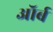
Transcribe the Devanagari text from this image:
ऑर्ब